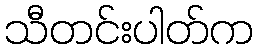
သီတင်းပါတ်က